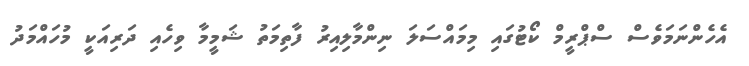
އެހެންނަމަވެސް ސްޕްރީމް ކޯޓުގައި މިމައްސަލަ ނިންމާލިއިރު ފާތިމަތު ޝަމީމާ ވިހެއި ދަރިއަކީ މުހައްމަދު